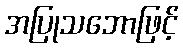
အပြုသဘောဖြင့်